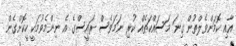
އާއި ކޮމަންވެލްތުން ގިނަ މަސައްކަތެއް ކުރި ނަމަވެސް ރައީސްގެ އެ ނިންމެވުމަކީ ހީކޮށްގެން